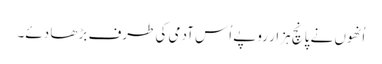
اُنھوں نے پانچ ہزار روپے اُس آدمی کی طرف بڑھا دئے۔